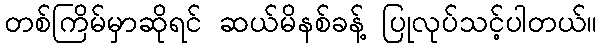
တစ်ကြိမ်မှာဆိုရင် ဆယ်မိနစ်ခန့် ပြုလုပ်သင့်ပါတယ်။